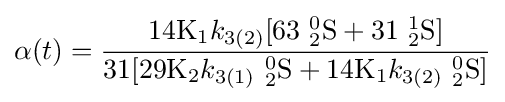
\alpha (t)={\frac {14{\mathrm {K} {\vphantom {A}}_{\smash[{t}]{1}}}{k}_{3(2)}[63\ {_{2}^{0}}{\ce {S}}+31\ {_{2}^{1}}{\ce {S}}]}{31[29{\mathrm {K} {\vphantom {A}}_{\smash[{t}]{2}}}{k}_{3(1)}\ {_{2}^{0}}{\ce {S}}+14{\mathrm {K} {\vphantom {A}}_{\smash[{t}]{1}}}{k}_{3(2)}\ {_{2}^{0}}{\ce {S}}]}}